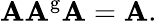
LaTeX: \mathbf{A}\mathbf{A}^{\mathrm{{g}}}\mathbf{A}=\mathbf{A}.